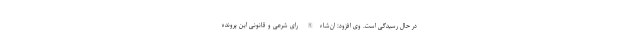
در حال رسیدگی است. وی افزود: ان‌شاءالله رای شرعی و قانونی این پرونده